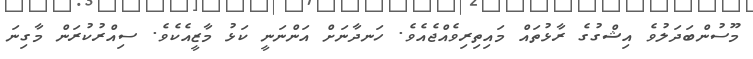
މޫސުންބަދަލުވެ އިޝްގުގެ ރާޅުތައް މައިތިރިވެއްޖެއެވެ. ހަނދާނަށް އަންނަނީ ކަޅު މާޒީއެކެވެ. ސިއްރުކުރަން މާގިނަ